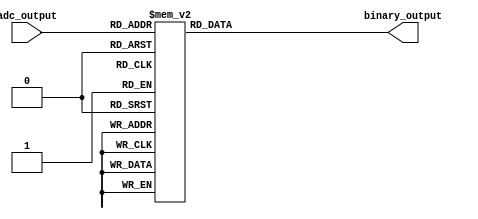
module thermal_encoder (
    input [3:0] adc_output, // 4-bit ADC output representing temperature
    output reg [3:0] binary_output // 4-bit binary output for the temperature
);

// Combinational logic to map ADC output to 4-bit binary output
always @(*) begin
    case (adc_output)
        4'b0000: binary_output = 4'b0000; // 0V - 0.25V = 0000 (0C)
        4'b0001: binary_output = 4'b0001; // 0.26V - 0.50V = 0001 (1C)
        4'b0010: binary_output = 4'b0010; // 0.51V - 0.75V = 0010 (2C)
        4'b0011: binary_output = 4'b0011; // 0.76V - 1.00V = 0011 (3C)
        4'b0100: binary_output = 4'b0100; // 1.01V - 1.25V = 0100 (4C)
        4'b0101: binary_output = 4'b0101; // 1.26V - 1.50V = 0101 (5C)
        4'b0110: binary_output = 4'b0110; // 1.51V - 1.75V = 0110 (6C)
        4'b0111: binary_output = 4'b0111; // 1.76V - 2.00V = 0111 (7C)
        4'b1000: binary_output = 4'b1000; // 2.01V - 2.25V = 1000 (8C)
        4'b1001: binary_output = 4'b1001; // 2.26V - 2.50V = 1001 (9C)
        4'b1010: binary_output = 4'b1010; // 2.51V - 2.75V = 1010 (10C)
        4'b1011: binary_output = 4'b1011; // 2.76V - 3.00V = 1011 (11C)
        4'b1100: binary_output = 4'b1100; // 3.01V - 3.25V = 1100 (12C)
        4'b1101: binary_output = 4'b1101; // 3.26V - 3.50V = 1101 (13C)
        4'b1110: binary_output = 4'b1110; // 3.51V - 3.75V = 1110 (14C)
        4'b1111: binary_output = 4'b1111; // 3.76V - 4.00V = 1111 (15C)
        default: binary_output = 4'b0000; // Default case for safety
    endcase
end

endmodule